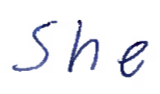
Text: She
Cross-out: clean
Writing tool: ballpoint